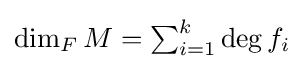
{\textstyle \dim _{F}M=\sum _{i=1}^{k}\deg f_{i}}